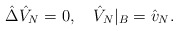
\begin{align*}\hat{\Delta}{\hat{V}_N}=0,\quad{\hat{V}_N}{|_B}={\hat{v}_N}.\end{align*}